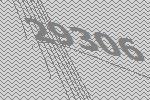
29306